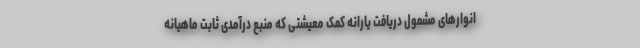
انوارهای مشمول دریافت یارانه کمک معیشتی که منبع درآمدی ثابت ماهیانه